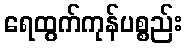
ရေထွက်ကုန်ပစ္စည်း